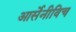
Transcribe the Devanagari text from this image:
आर्सेनीविच